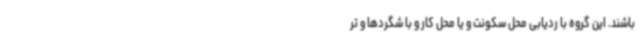
باشند. این گروه با ردیابی محل سکونت و یا محل کار و با شگردها و تر